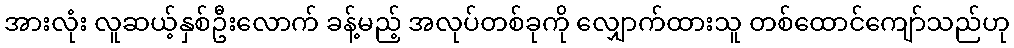
အားလုံး လူဆယ့်နှစ်ဦးလောက် ခန့်မည့် အလုပ်တစ်ခုကို လျှောက်ထားသူ တစ်ထောင်ကျော်သည်ဟု